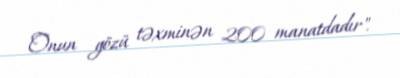
Onun gözü təxminən 200 manatdadır".